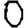
Digit: 0